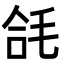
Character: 𭯘